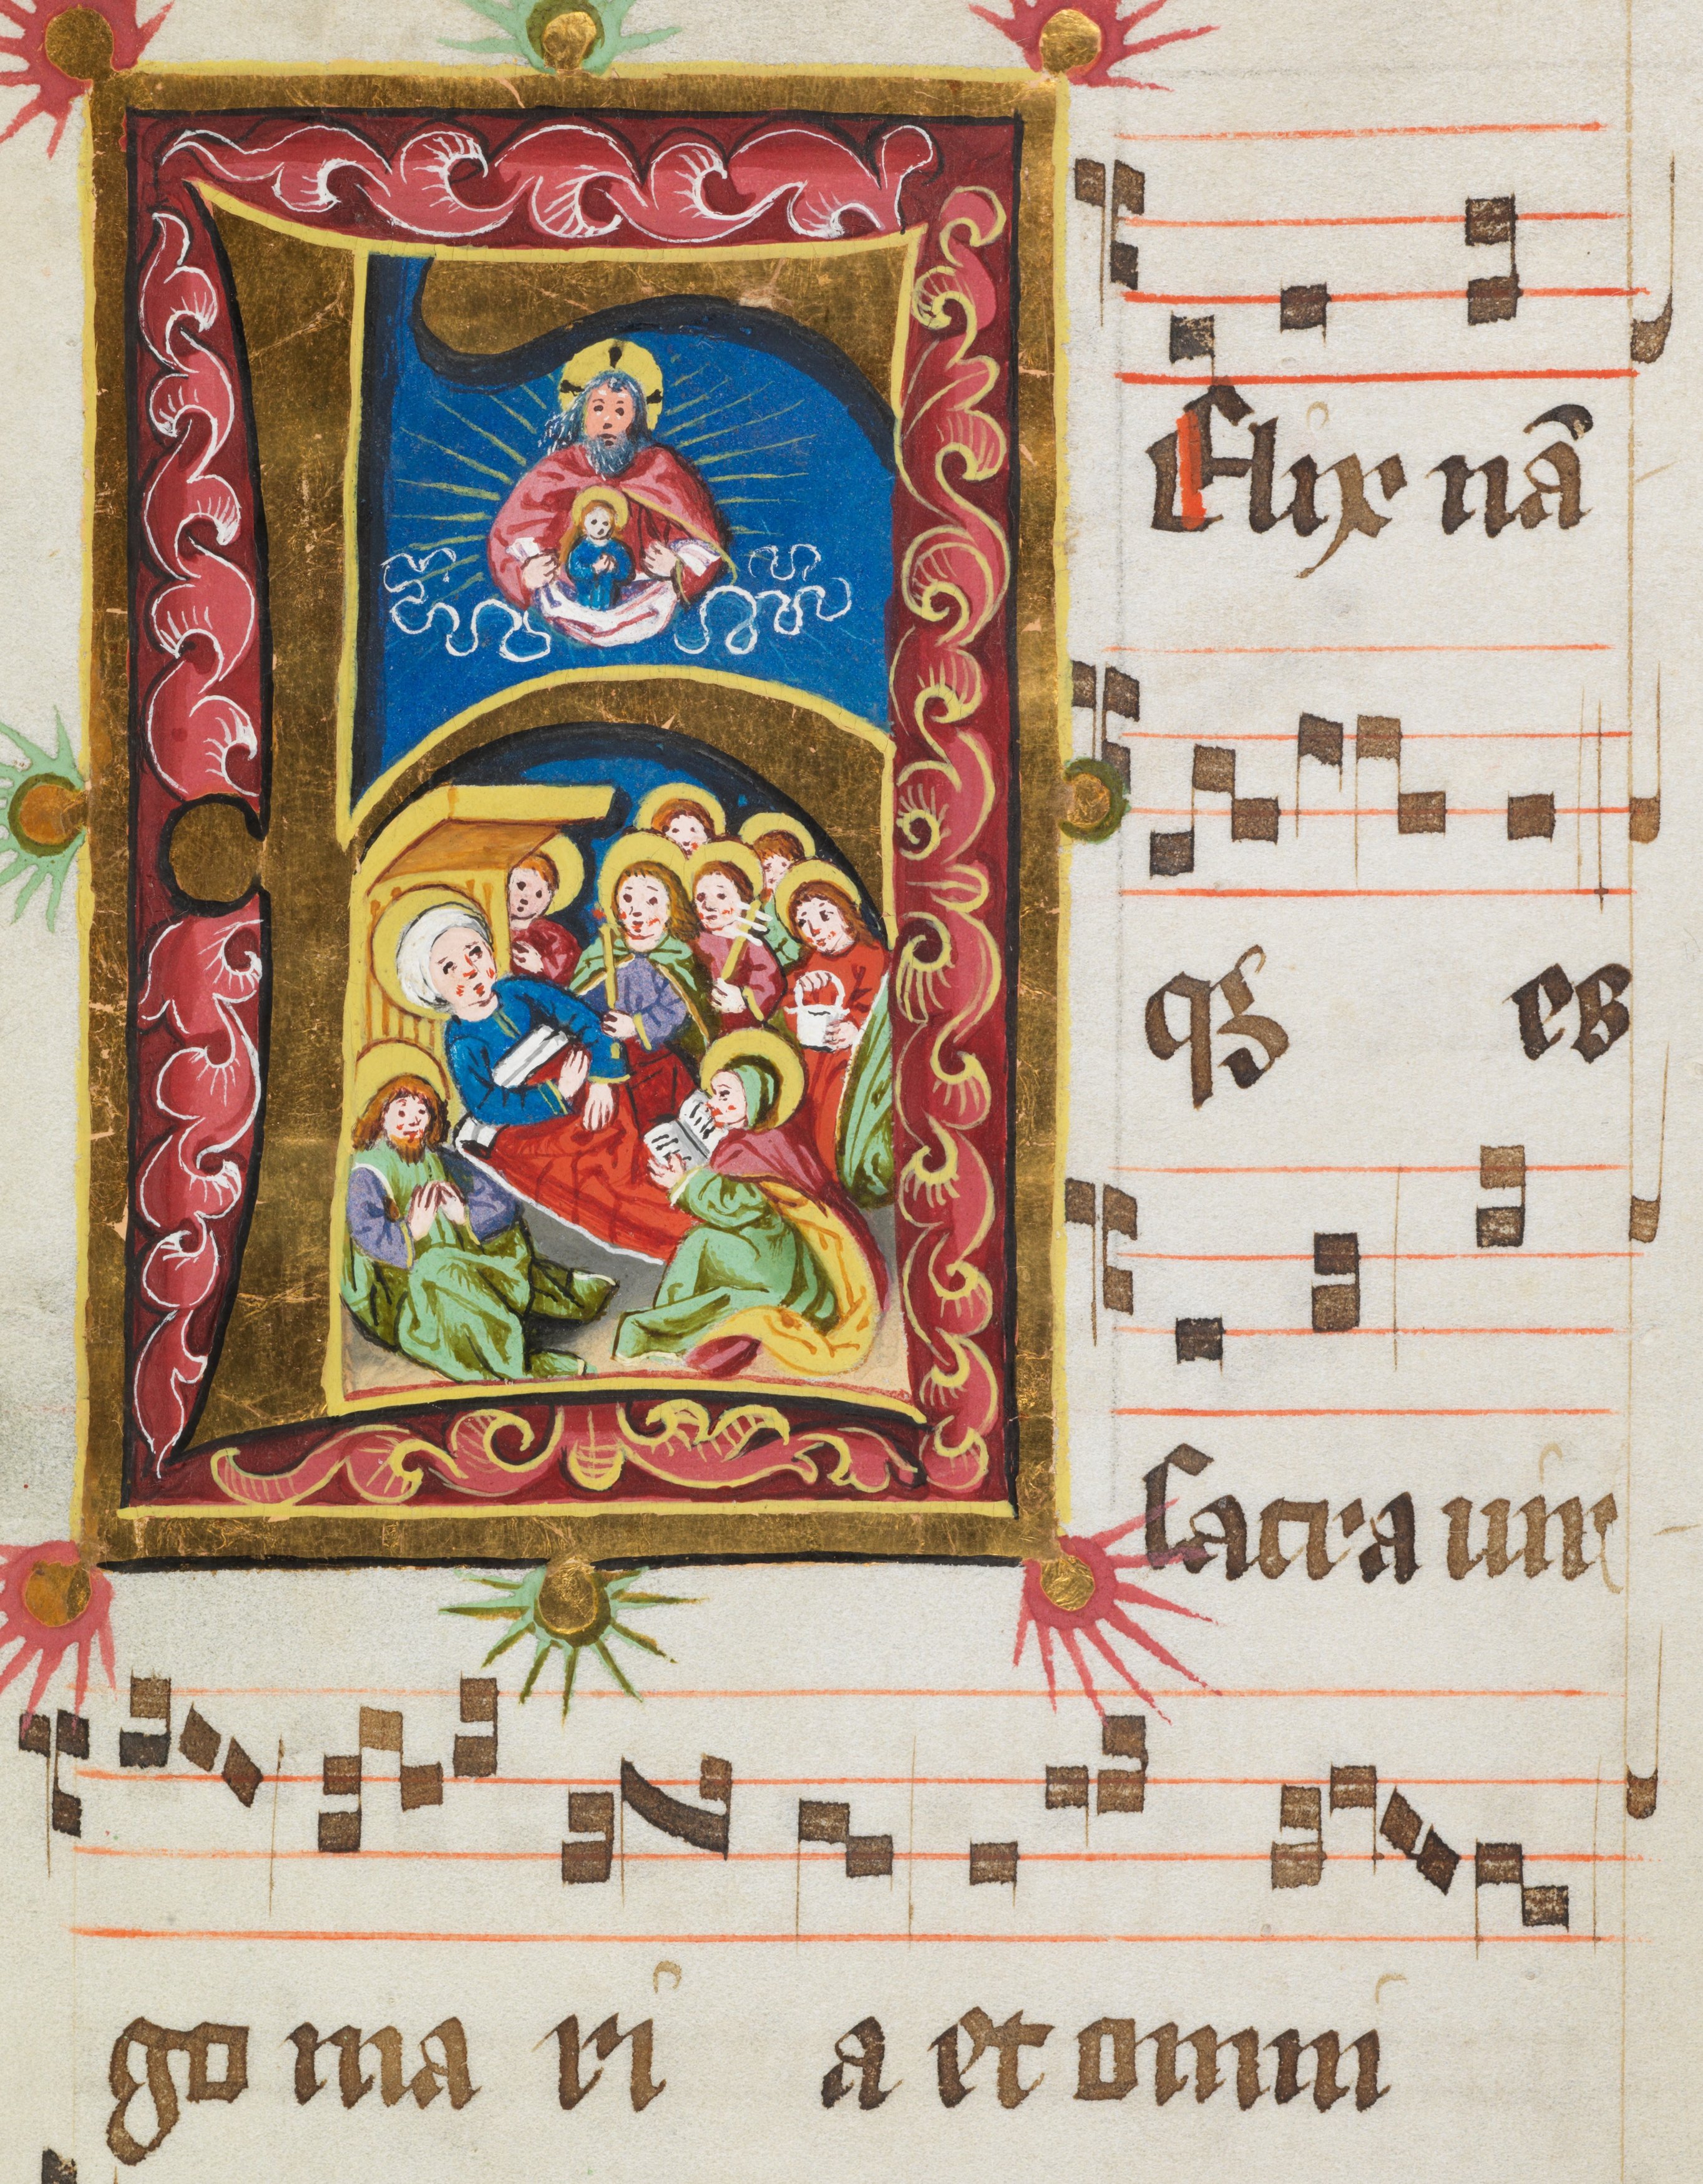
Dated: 1484–1487